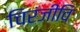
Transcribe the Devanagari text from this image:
चिरंजीवि